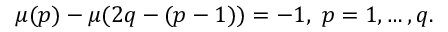
\mu ( p ) - \mu ( 2 q - ( p - 1 ) ) = - 1 , \mathtt { \ } p = 1 , \dots , q .